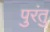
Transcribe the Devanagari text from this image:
पुरंतु